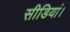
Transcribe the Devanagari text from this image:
सीडियां।